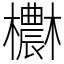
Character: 欁